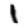
Digit: 1